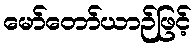
မော်တော်ယာဉ်ဖြင့်